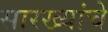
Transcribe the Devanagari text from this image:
सारख्यांचे